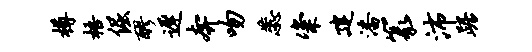
樽梧倔醪迟奔吻蕊粢建潘篆沛踞